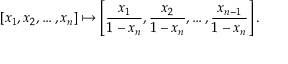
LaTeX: [ x _ { 1 } , x _ { 2 } , \ldots , x _ { n } ] \mapsto \left[ { \frac { x _ { 1 } } { 1 - x _ { n } } } , { \frac { x _ { 2 } } { 1 - x _ { n } } } , \ldots , { \frac { x _ { n - 1 } } { 1 - x _ { n } } } \right] .